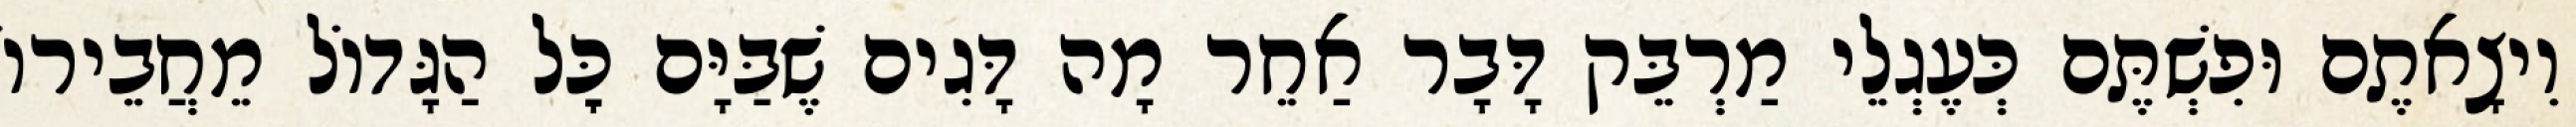
וִיצָאתֶם וּפִשְׁתֶּם כְּעֶגְלֵי מַרְבֵּק דָּבָר אַחֵר מָה דָּגִים שֶׁבַּיָּם כׇּל הַגָּדוֹל מֵחֲבֵירוֹ